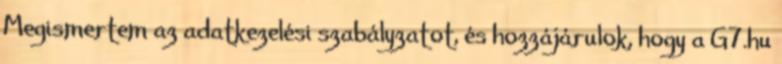
Megismertem az adatkezelési szabályzatot, és hozzájárulok, hogy a G7.hu